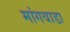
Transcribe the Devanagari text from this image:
मांगवाडा